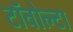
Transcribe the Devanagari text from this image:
टॉवोल्‍टा